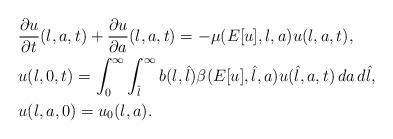
LaTeX: \begin{align*}& \frac{\partial u}{\partial t}(l,a,t)+\frac{\partial u}{\partial a}(l,a,t)=-\mu(E[u],l,a)u(l,a,t), \\& u(l,0,t)=\int_0^\infty\int_{\hat{l}}^\infty b(l,\hat{l})\beta(E[u],\hat{l},a)u(\hat{l},a,t)\, da\,d\hat{l}, \\& u(l,a,0)=u_0(l,a). \end{align*}